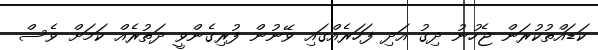
ކަޑައްތުކުރަން ޖެހުނު ދިގު އަދި ފަހަރެއްގައި ވޭނުން ފުރިގެންވީ ދަތުރެއް ކަމަށް ވެސް